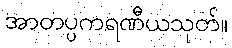
အာတပ္ပကရဏီယသုတ်။